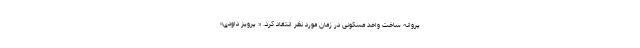
پروانه ساخت واحد مسکونی در زمان مورد نظر انتقاد کرد. « پرویز داودی»